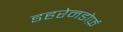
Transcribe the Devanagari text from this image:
डहरेनडोर्फ़